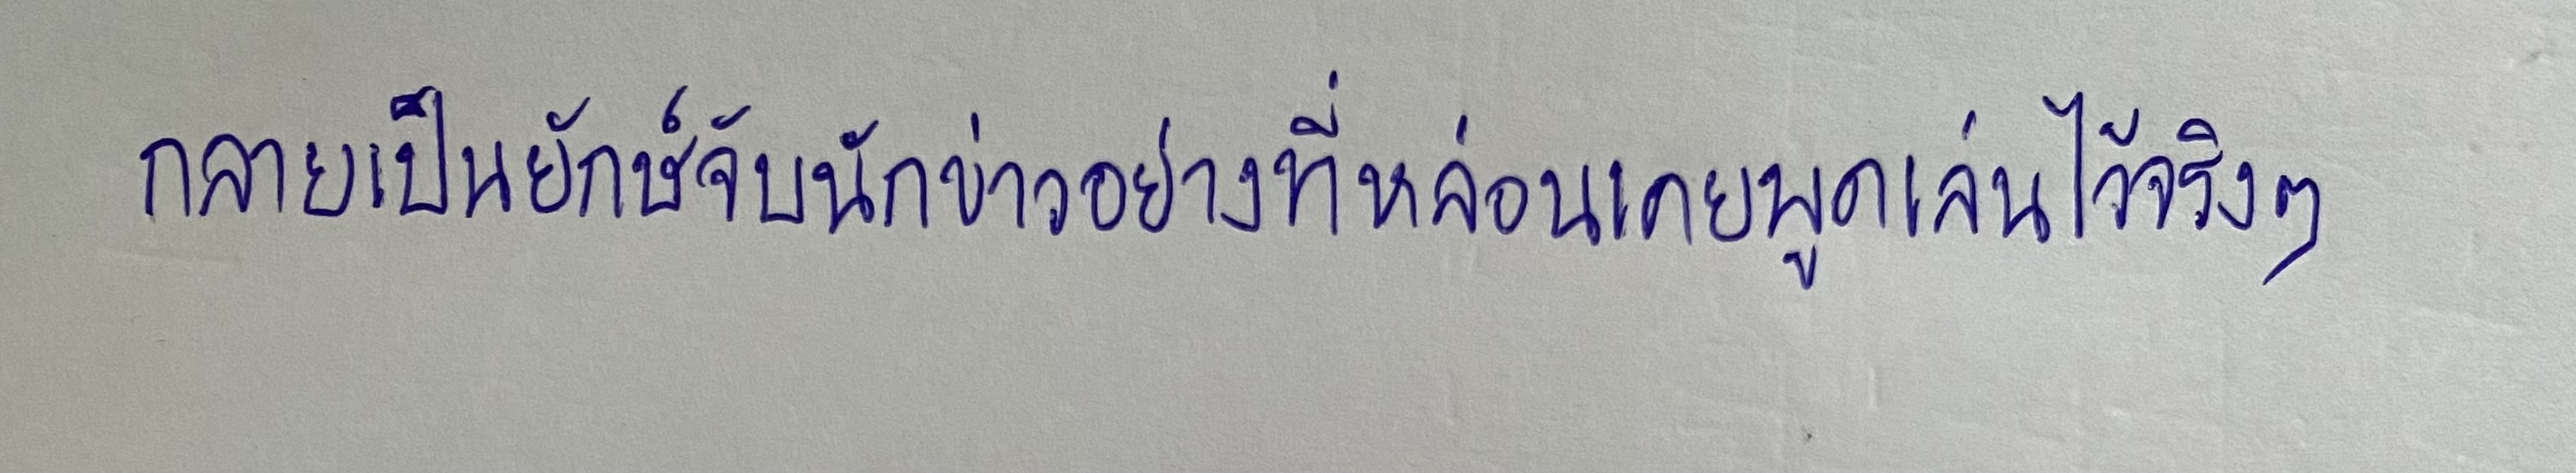
กลายเป็นยักษ์จับนักข่าวอย่างที่หล่อนเคยพูดเล่นไว้จริงๆ